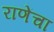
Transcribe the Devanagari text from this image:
राणेंचा